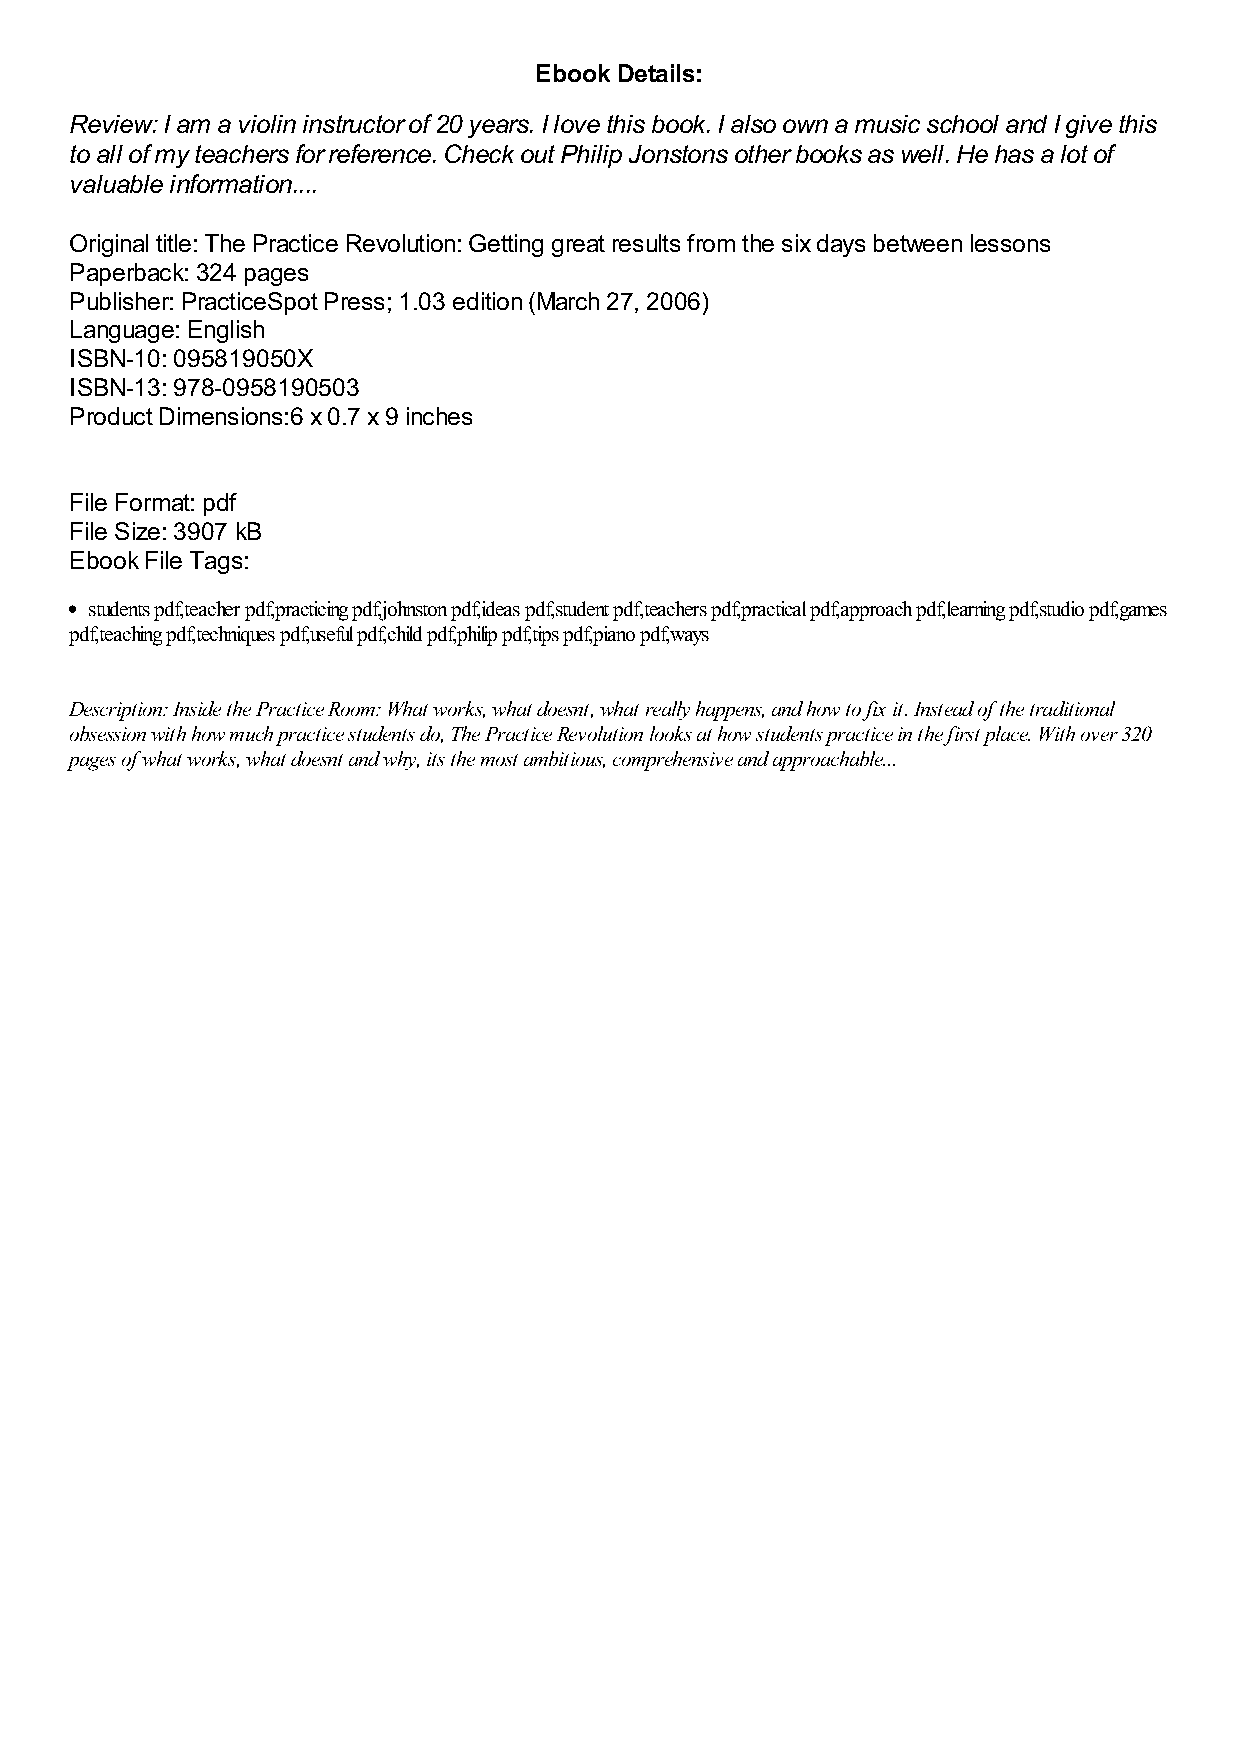
Ebook Details:
 Review: I am a violin instructor of 20 years. I love this book. I also own a music school and I give this
 to all of my teachers for reference. Check out Philip Jonstons other books as well. He has a lot of
 valuable information....
 Original title: The Practice Revolution: Getting great results from the six days between lessons
 Paperback: 324 pages
 Publisher: PracticeSpot Press; 1.03 edition (March 27, 2006)
 Language: English
 ISBN-10: 095819050X
 ISBN-13: 978-0958190503
 Product Dimensions:6 x 0.7 x 9 inches
 File Format: pdf
 File Size: 3907 kB
 Ebook File Tags:
 students pdf,teacher pdf,practicing pdf,johnston pdf,ideas pdf,student pdf,teachers pdf,practical pdf,approach pdf,learning pdf,studio pdf,games
 pdf,teaching pdf,techniques pdf,useful pdf,child pdf,philip pdf,tips pdf,piano pdf,ways
 Description: Inside the Practice Room: What works, what doesnt, what really happens, and how to fix it. Instead of the traditional
 obsession with how much practice students do, The Practice Revolution looks at how students practice in the first place. With over 320
 pages of what works, what doesnt and why, its the most ambitious, comprehensive and approachable...